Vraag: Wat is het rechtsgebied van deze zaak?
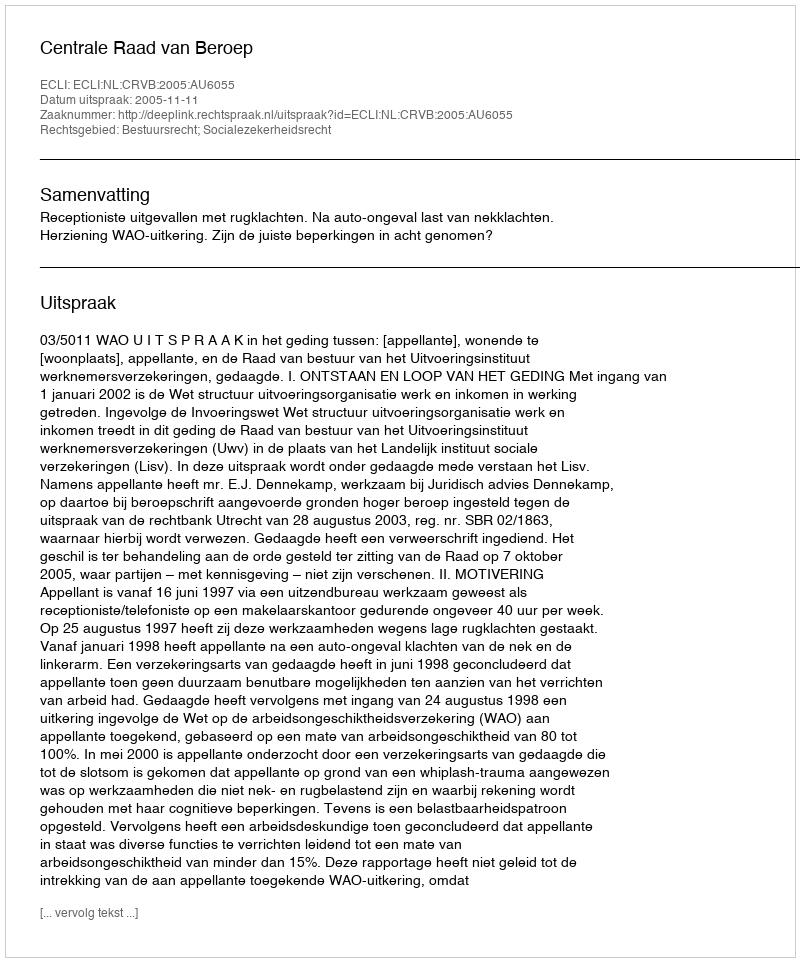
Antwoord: Bestuursrecht; Socialezekerheidsrecht